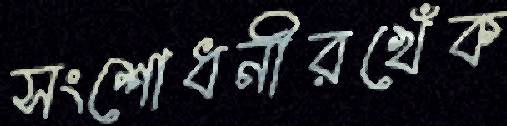
সংশোধনীরখেঁক